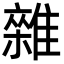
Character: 雜